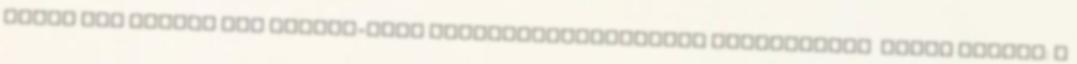
kötet nem jelent meg Horthy-kori filozófiatörténetek szerkesztés Kühár Flóris: A